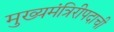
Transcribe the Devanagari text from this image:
मुख्यमंत्रिरीपदाची